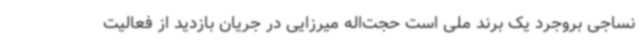
نساجی بروجرد یک برند ملی است حجت‌اله میرزایی در جریان بازدید از فعالیت